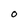
Character: 0